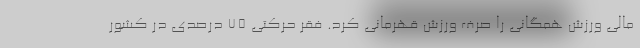
مالی ورزش همگانی را صرف ورزش قهرمانی کرد. فقر حرکتی ۷۵ درصدی در کشور